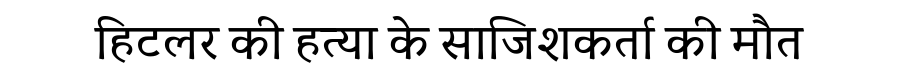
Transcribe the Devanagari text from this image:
हिटलर की हत्या के साजिशकर्ता की मौत